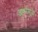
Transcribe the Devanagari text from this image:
अर्कामुळे